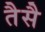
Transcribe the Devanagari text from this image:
तैसै